Indian journal of veterinary science and animal husbandry - Volume 14,
Year: 1944
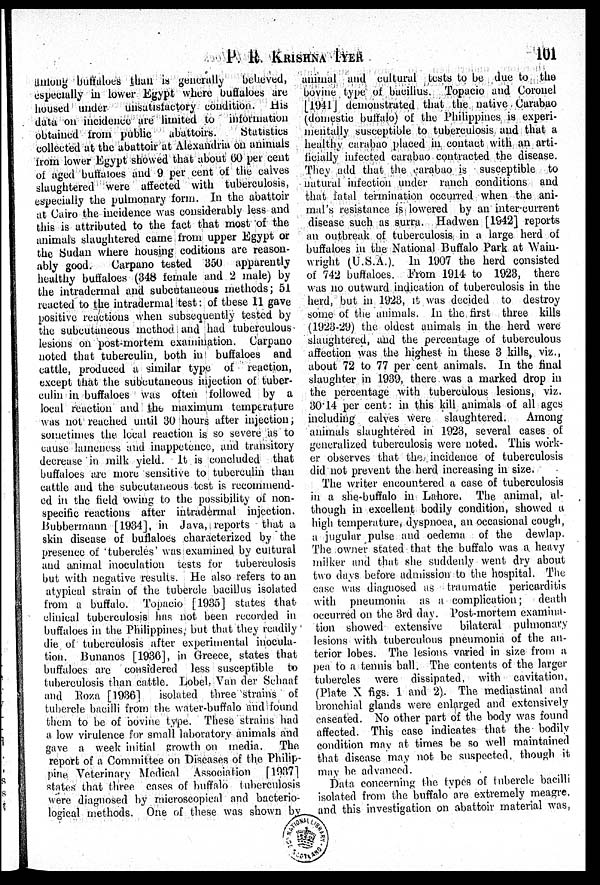
P. R. KRISHNA IYER 101
among buffaloes than is generally
believed,
especially in lower Egypt where buffaloes are
housed under
unsatisfactory condition. His
data on incidence are limited to information
obtained from public
abattoirs.
Statistics
collected at the abattoir at Alexandria on animals
from lower Egypt showed that about 60 per cent
of aged buffaloes and 9 per cent of the calves
slaughtered were affected with tuberculosis,
especially the pulmonary form. In the abattoir
at Cairo the incidence was considerably less and
this is attributed to the fact that most of the
animals slaughtered came from upper Egypt or
the Sudan where housing coditions are reason-
ably good.
Carpano tested 350 apparently
healthy buffaloes (348 female and 2 male) by
the intradermal and subcutaneous methods; 51
reacted to the intradermal test: of these 11 gave
positive reactions when subsequently tested by
the subcutaneous method and had tuberculous
lesions on post-mortem examination. Carpano
noted that tuberculin, both in buffaloes and
cattle, produced a similar type of reaction,
except that the subcutaneous injection of tuber-
culin in buffaloes was often followed by a
local reaction and the maximum temperature
was not reached until 30 hours after injection,
sometimes the local reaction is so severe as to
cause lameness and inappetence, and transitory
decrease in milk yield. It is concluded that
buffaloes are more sensitive to tuberculin than
cattle and the subcutaneous test is recommend-
ed in the field owing to the possibility of non-
specific reactions after intradermal injection.
Bubbermann [1934], in Java, reports that a
skin disease of buffaloes characterized by the
presence of 'tubercles' was examined by cultural
and animal inoculation tests for tuberculosis
but with negative results. He also refers to an
atypical strain of the tubercle bacillus isolated
from a buffalo. Topacio [1935] states that
clinical tuberculosis has not been recorded in
buffaloes in the Philippines, but that they readily
die of tuberculosis after experimental inocula-
tion. Bunanos [1936], in Greece, states that
buffaloes are considered less susceptible to
tuberculosis than cattle. Lobel, Van der Schaaf
and Roza [1936]
isolated three strains of
tubercle bacilli from the water-buffalo and found
them to be of bovine type. These strains had
a low virulence for small laboratory animals and
gave a week initial growth on media.
The
report of a Committee on Diseases of the Philip-
pine Veterinary Medical Association [1937]
states that three cases of buffalo tuberculosis
were diagnosed by microscopical and bacterio-
logical methods. One of these was shown by
animal and cultural tests to be due to the
bovine type of bacillus. Topacio and Coronel
[1941] demonstrated that the native Carabao
(domestic buffalo) of the Philippines is experi-
mentally susceptible to tuberculosis and that a
healthy carabao placed in contact with an arti-
ficially infected carabao contracted the disease.
They add that the carabao is susceptible to
natural infection under ranch conditions and
that fatal termination occurred when the ani-
mal's resistance is lowered by an inter-current
disease such as surra. Hadwen [1942] reports
an outbreak of tuberculosis in a large herd of
buffaloes in the National Buffalo Park at Wain-
wright (U.S.A.). In 1907 the herd consisted
of 742 buffaloes. From 1914 to 1923, there
was no outward indication of tuberculosis in the
herd, but in 1923, it was decided to destroy
some of the animals. In the first three kills
(1923-29) the oldest animals in the herd were
slaughtered, and the percentage of tuberculous
affection was the highest in these 3 kills, viz.,
about 72 to 77 per cent animals. In the final
slaughter in 1939, there was a marked drop in
the percentage with tuberculous lesions, viz.
30.14 per cent: in this kill animals of all ages
including calves were slaughtered.
Among
animals slaughtered in 1923, several cases of
generalized tuberculosis were noted. This work-
er observes that the incidence of tuberculosis
did not prevent the herd increasing in size.
The writer encountered a case of tuberculosis
in a she-buffalo in Lahore. The animal, al-
though in excellent bodily condition, showed a
high temperature, dyspnoea, an occasional cough,
a jugular pulse and oedema of the dewlap.
The owner stated that the buffalo was a heavy
milker and that she suddenly went dry about
two days before admission to the hospital. The
case was diagnosed as traumatic pericarditis
with pneumonia as a complication;
death
occurred on the 3rd day. Post-mortem examina-
tion showed extensive
bilateral pulmonary
lesions with tuberculous pneumonia of the an-
terior lobes. The lesions varied in size from a
pea to a tennis ball. The contents of the larger
tubercles were dissipated, with cavitation,
(Plate X figs. 1 and 2). The mediastinal and
bronchial glands were enlarged and extensively
caseated. No other part of the body was found
affected. This case indicates that the bodily
condition may at times be so well maintained
that disease may not be suspected, though it
may be advanced.
Data concerning the types of tubercle bacilli
isolated from the buffalo are extremely meagre,
and this investigation on abattoir material was,